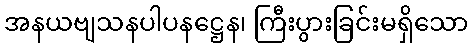
အနယဗျသနပါပနဋ္ဌေန၊ ကြီးပွားခြင်းမရှိသော